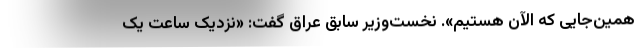
همین‌جایی که الآن هستیم». نخست‌وزیر سابق عراق گفت: «نزدیک ساعت یک